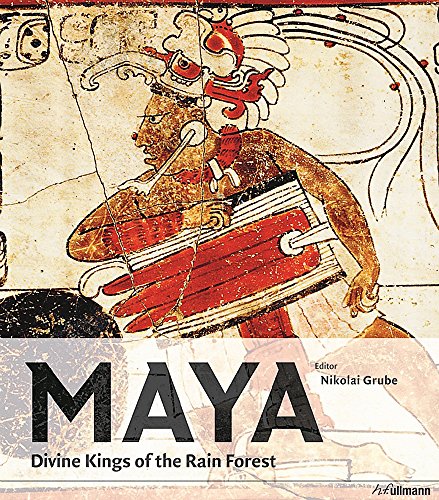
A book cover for Maya: Divine Kings of the Rainforest; Nikolai Grube; History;